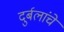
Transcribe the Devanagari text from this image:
दुर्बलांचे